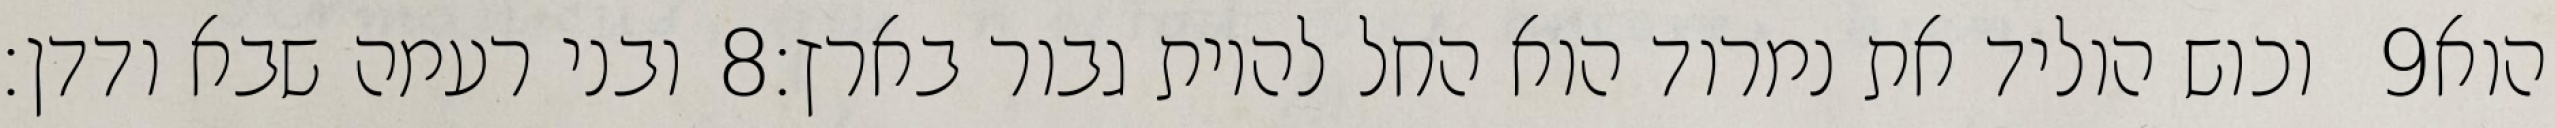
ובני רעמה שבא ודדן׃ ‎8‏ וכוש הוליד את נמרוד הוא החל להיות גבור בארץ׃ ‎9‏ הוא